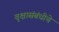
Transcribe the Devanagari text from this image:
वृक्षासंबंधीचे